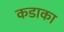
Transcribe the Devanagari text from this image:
कडाका